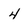
Character: 4